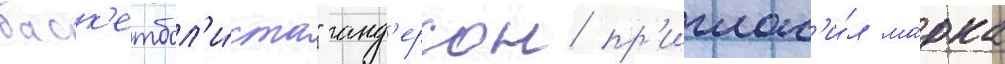
баск'етбол'и́ста" анд'ерсон пр'иглас'и́л ма́рка